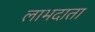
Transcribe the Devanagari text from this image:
लाभदाता